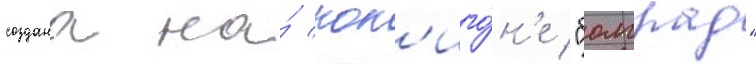
создана на́ пол'иго́н'е "болград"